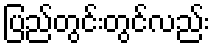
ပြည်တွင်းတွင်လည်း